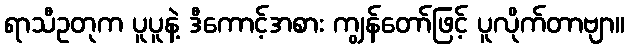
ရာသီဥတုက ပူပူနဲ့ ဒီကောင့်အစား ကျွန်တော်ဖြင့် ပူလိုက်တာဗျာ။